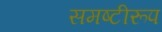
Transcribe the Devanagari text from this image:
समष्टीरूप